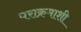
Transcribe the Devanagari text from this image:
पराक्रमाशी